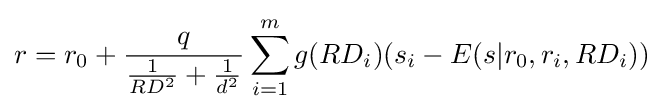
r=r_{0}+{\frac {q}{{\frac {1}{RD^{2}}}+{\frac {1}{d^{2}}}}}\sum _{i=1}^{m}{g(RD_{i})(s_{i}-E(s|r_{0},r_{i},RD_{i}))}